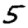
Digit: 5